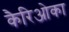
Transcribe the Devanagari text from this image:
कैरिओका